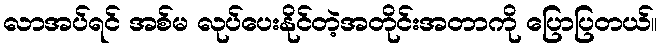
လာအပ်ရင် အစ်မ လုပ်ပေးနိုင်တဲ့အတိုင်းအတာကို ပြောပြတယ်။